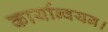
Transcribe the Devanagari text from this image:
कार्यान्वयन।